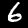
Digit: 6